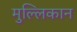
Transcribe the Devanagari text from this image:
मुल्लिकान